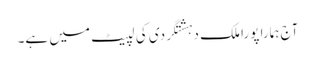
آج ہمارا پورا ملک دہشتگردی کی لپیٹ میں ہے۔